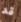
قد